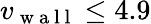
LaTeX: v_{\mathrm{~w~a~l~l~}}\leq 4.9